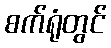
စက်ရုံတွင်